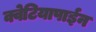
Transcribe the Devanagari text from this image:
क्वेटियापाईन